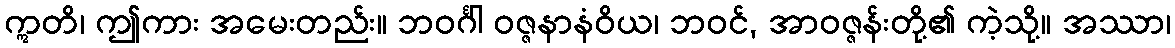
ဣတိ၊ ဤကား အမေးတည်း။ ဘဝင်္ဂါ ဝဇ္ဇနာနံဝိယ၊ ဘဝင်, အာဝဇ္ဇန်းတို့၏ ကဲ့သို့။ အဿာ၊